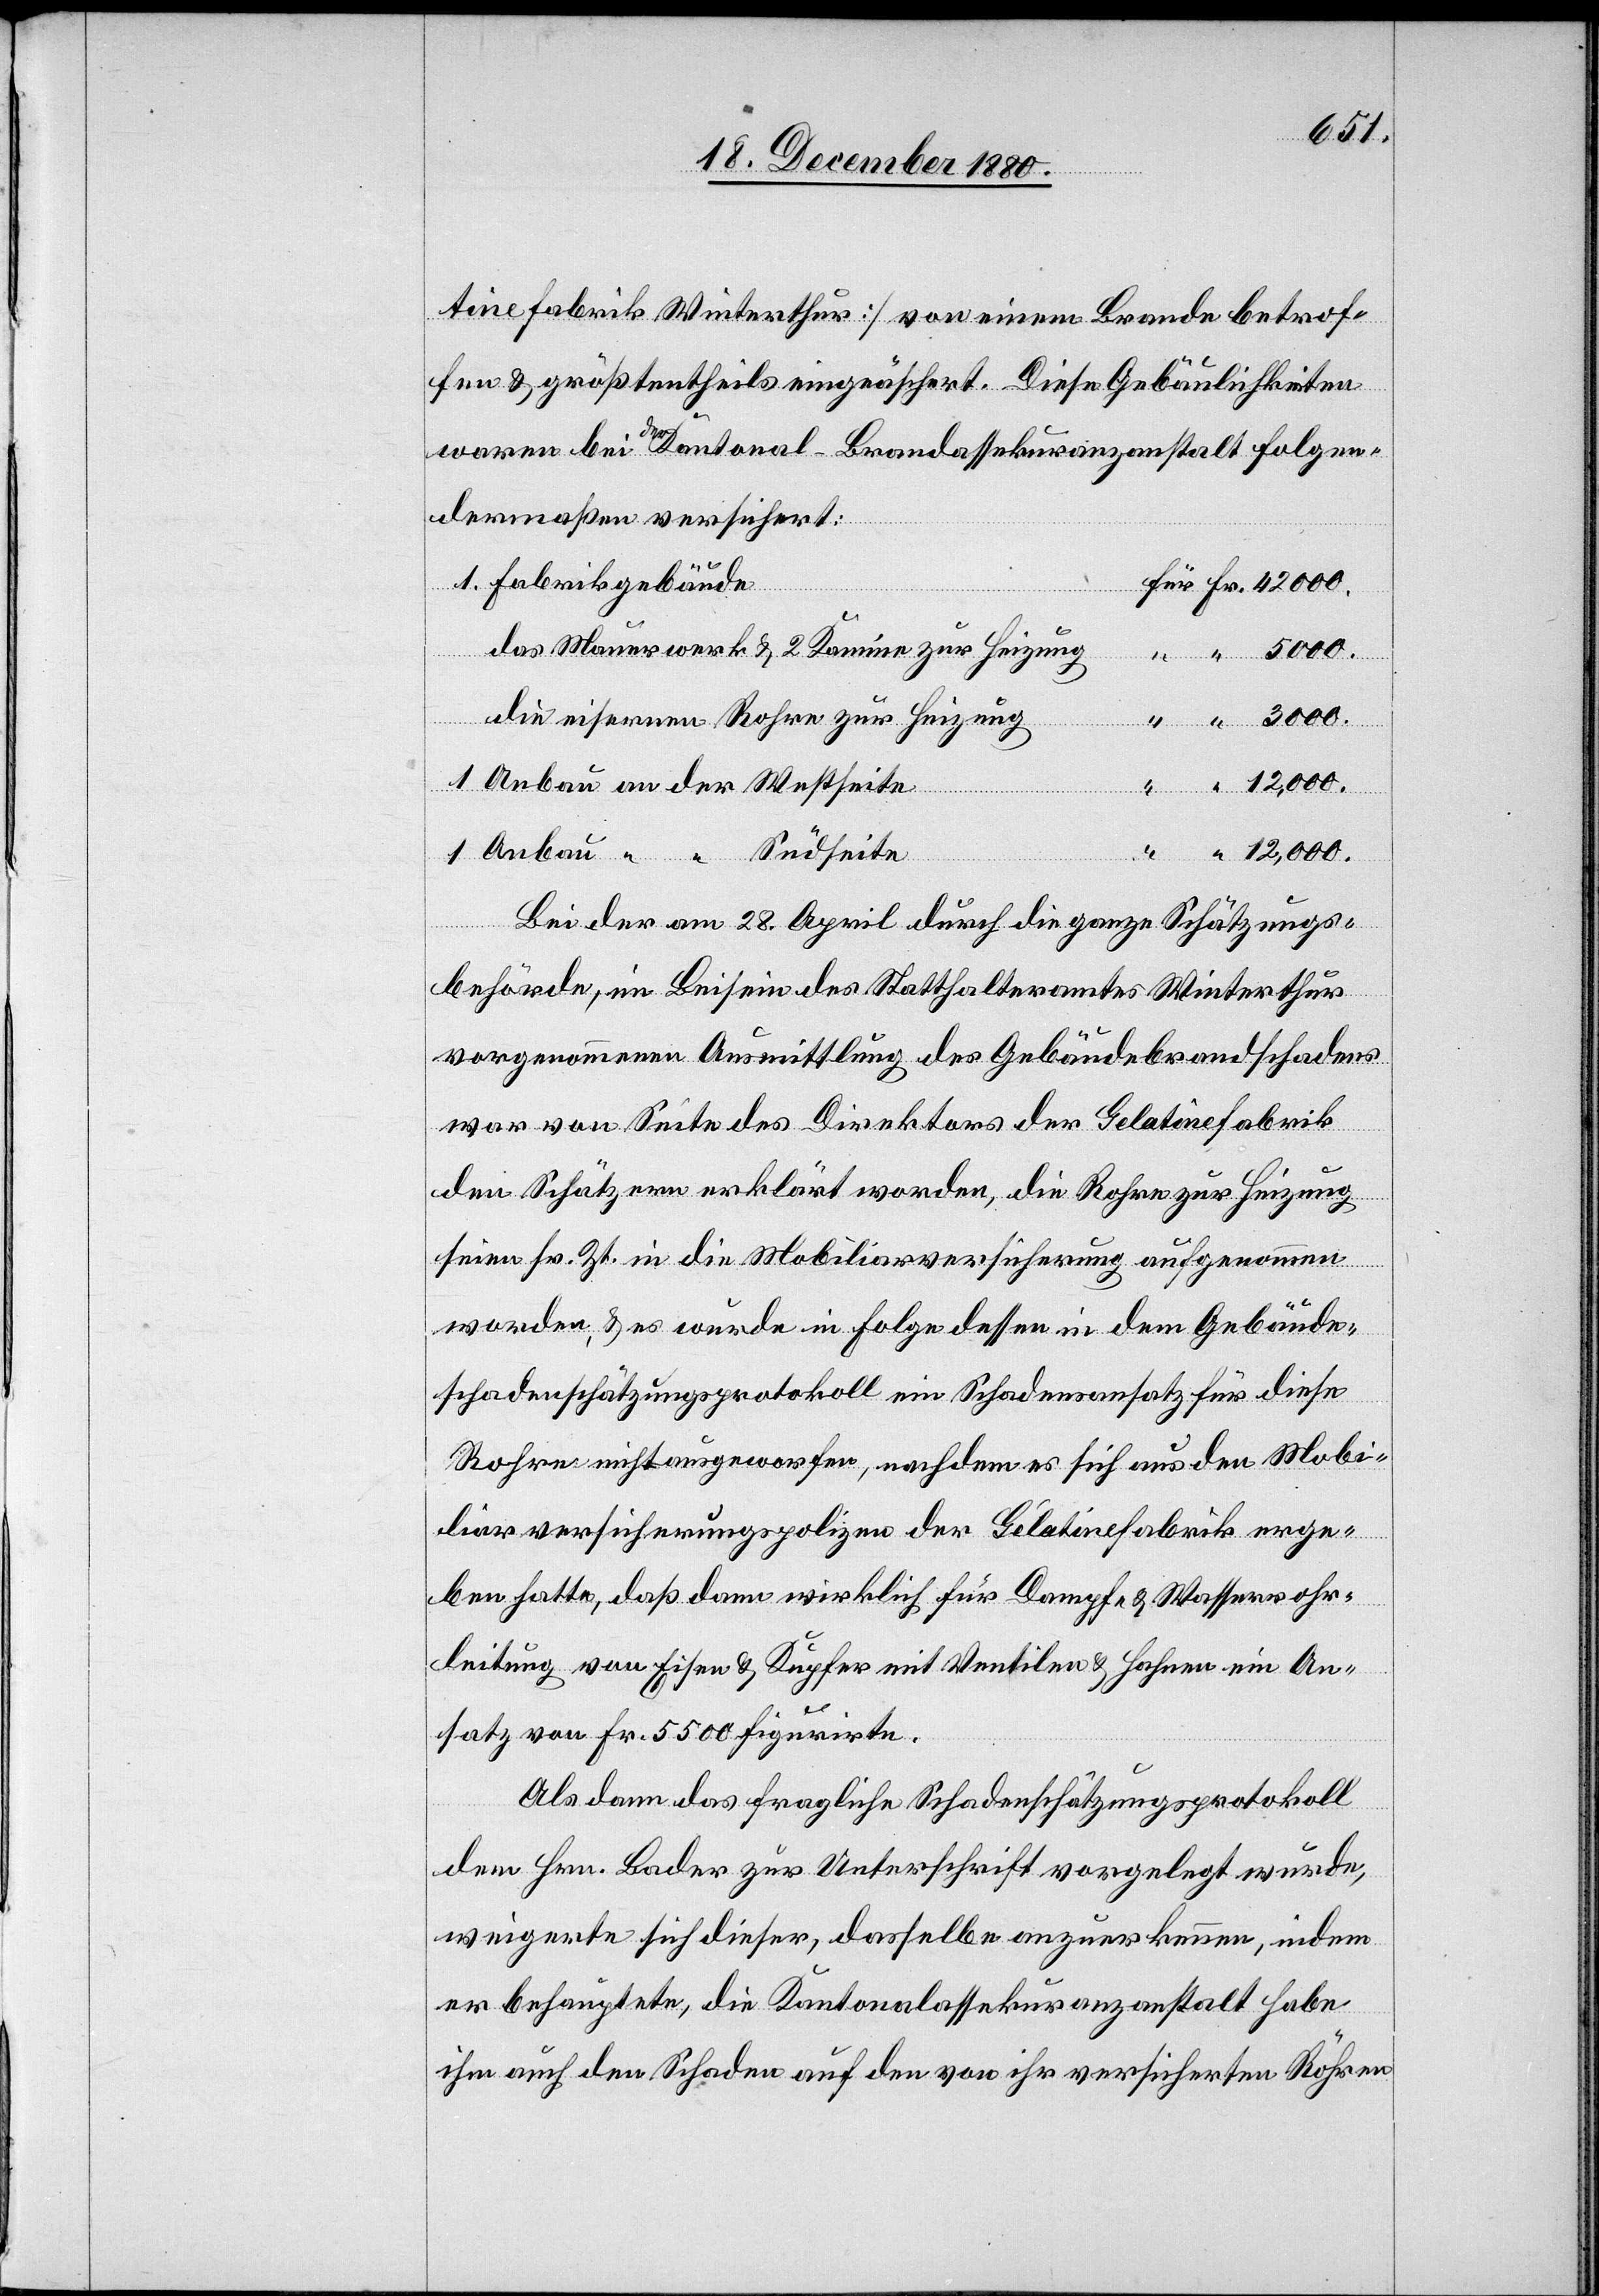
3000.
tine Fabrik Winterthur] von einem Brande betrof¬
fen & größtentheils eingeäschert. Diese Gebäulichkeiten
waren bei der Kantonal-Brandassekuranzanstalt folgen¬
dermaßen versichert:
Fabrikgebäude
das Mauerwerk & 2 Kamine zur Heizung
“
die eisernen Rohre zur Heizung
Bei der am 28. April durch die ganze Schätzungs¬
behörde, im Beisein des Statthalteramtes Winterthur
vorgenommene Ausmittlung des Gebäudebrandschadens
war von Seite des Direktor der Gelatinefabrik
den Schätzern erklärt worden, die Rohre zur Heizung
seien sr. Zt. in die Mobiliarversicherung aufgenommen
worden, & es wurde in Folge dessen in dem Gebäude¬
schadenschätzungsprotokoll ein Schadensansatz für diese
Rohre nicht ausgeworfen, nachdem es sich aus den Mobi¬
liarversicherungspolizen der Gélatinefabrik erge¬
ben hatte, daß dann wirklich für Dampf- & Wasserrohr¬
leitung von Eisen & Kupfer mit Ventilen & Hahnen ein An¬
satz von Fr. 5500 figurirte.
Als dann das fragliche Schadenschätzungsprotokoll
dem Hrn. Bader zur Unterschrift vorgelegt wurde,
weigerte sich dieser, dasselbe anzuerkennen, indem
er behauptete, die Kantonalassekuranzanstalt habe
ihm auch den Schaden auf den von ihr versicherten Röhren